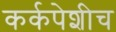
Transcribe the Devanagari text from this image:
कर्कपेशीच